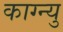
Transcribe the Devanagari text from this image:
काग्न्यु